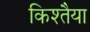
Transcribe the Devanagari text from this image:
किश्तैया